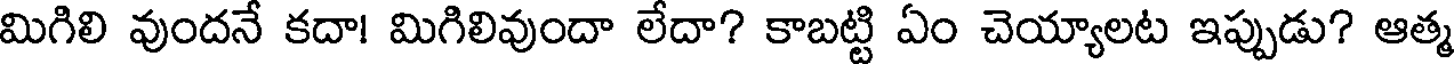
మిగిలి వుందనే కదా! మిగిలివుందా లేదా? కాబట్టి ఏం చెయ్యాలట ఇప్పుడు? ఆత్మ